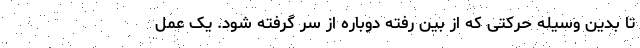
تا بدین وسیله حرکتی که از بین رفته دوباره از سر گرفته شود. یک عمل